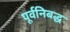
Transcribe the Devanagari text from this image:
पूर्वनिबद्ध